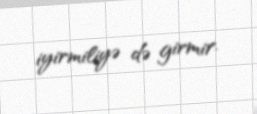
iyirmiliyə də girmir.